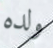
ولده